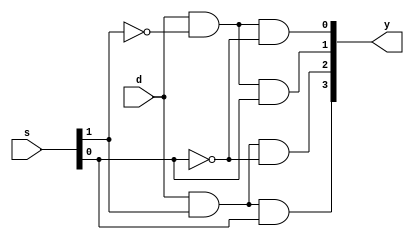
module demux1X4 (
    input wire d,   
    input wire [1:0] s, 
    output wire [3:0] y   
);

assign y[0] = d & ~s[1] & ~s[0];
assign y[1] = d & ~s[1] & s[0];
assign y[2] = d & s[1] & ~s[0];
assign y[3] = d & s[1] & s[0];

endmodule